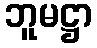
ဘူမဋ္ဌာ